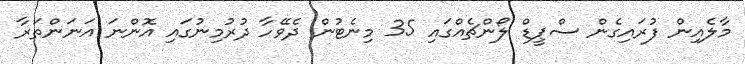
މާލެއިން ފުރައިގެން ސްޕީޑް ލޯންޗެއްގައި 35 މިނެޓުން ދެވޭހާ ދުރުމިނުގައި އޮންނަ އަނަންތަރާ